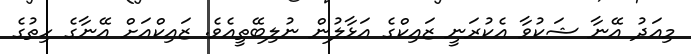
މިއަދު އޭނާ ޝަކުވާ އެކުރަނީ ޒައިކްގެ އަޅާލުން ނުލިބޭތީއެވެ. ޒައިކްއަށް އޭނާގެ ހިތުގެ